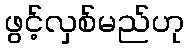
ဖွင့်လှစ်မည်ဟု